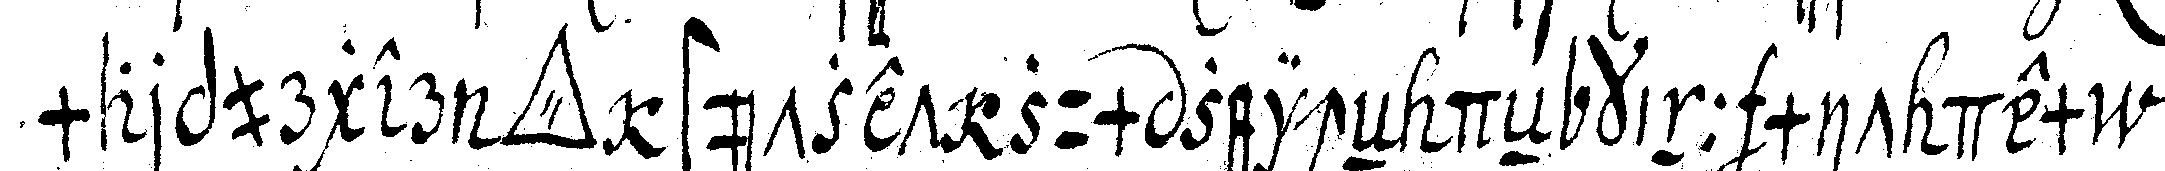
marpurger *tri..* stützet zum zeicheN deN kinn mit dem